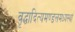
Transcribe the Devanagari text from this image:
वृद्धादित्यमण्डलमध्यस्थां